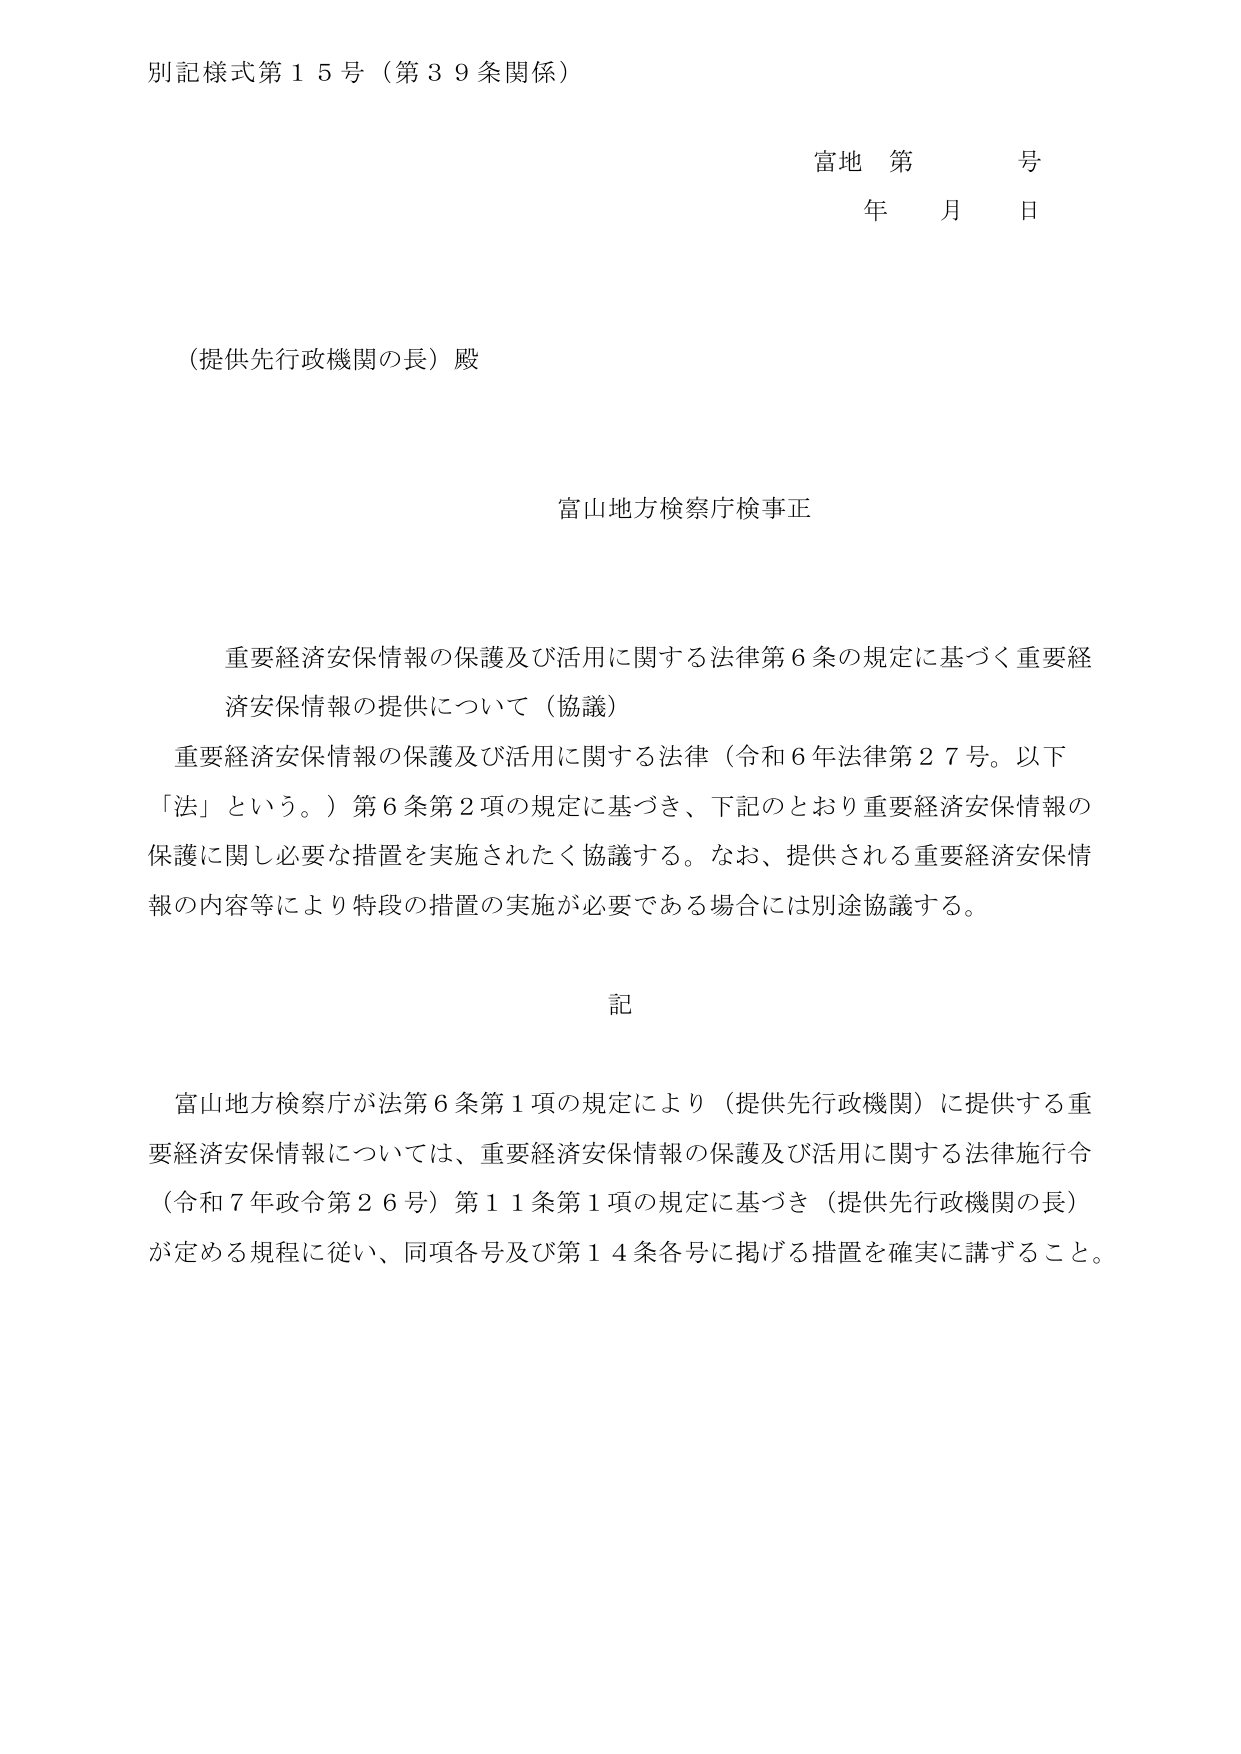
別記様式第１５号（第３９条関係）

富地 第 号
年 月 日

（提供先行政機関の長）殿

富山地方検察庁検事正

重要経済安保情報の保護及び活用に関する法律第６条の規定に基づく重要経済安保情報の提供について（協議）

重要経済安保情報の保護及び活用に関する法律（令和６年法律第２７号。以下「法」という。）第６条第２項の規定に基づき、下記のとおり重要経済安保情報の保護に関し必要な措置を実施されたく協議する。なお、提供される重要経済安保情報の内容等により特段の措置の実施が必要である場合には別途協議する。

記

富山地方検察庁が法第６条第１項の規定により（提供先行政機関）に提供する重要経済安保情報については、重要経済安保情報の保護及び活用に関する法律施行令（令和７年政令第２６号）第１１条第１項の規定に基づき（提供先行政機関の長）が定める規程に従い、同項各号及び第１４条各号に掲げる措置を確実に講ずること。